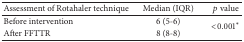
<table><thead><tr><td><b>Assessment of Rotahaler technique </b></td><td><b>Median (IQR)</b></td><td><b><i>p</i> value</b></td></tr></thead><tbody><tr><td>Before intervention</td><td>6 (5-6)</td><td rowspan="2">&lt;0.001<sup><i>∗</i></sup></td></tr><tr><td>After FFTTR</td><td>8 (8-8)</td></tr></tbody></table>